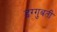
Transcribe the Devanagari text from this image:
डग्गुबती